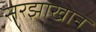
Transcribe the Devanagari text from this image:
सरझाखान